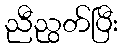
ညီညွတ်ပြီး